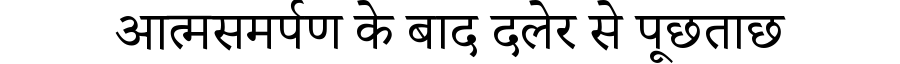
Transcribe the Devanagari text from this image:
आत्मसमर्पण के बाद दलेर से पूछताछ